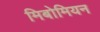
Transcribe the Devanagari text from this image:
मिबोमियन